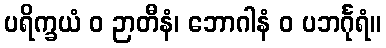
ပရိက္ခယံ ဝ ဉာတီနံ၊ ဘောဂါနံ ဝ ပဘင်္ဂုရံ။